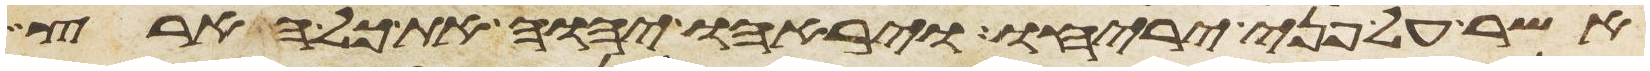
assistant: אשר על פני יריחו ויראהו יהוה את כל הארץ